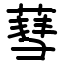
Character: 蔧